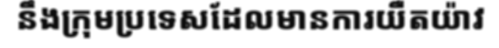
នឹងក្រុមប្រទេសដែលមានការយឺតយ៉ាវ